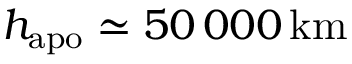
h _ { \mathrm { a p o } } \simeq 5 0 \, 0 0 0 \, \mathrm { k m }